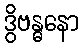
ဒွိဗန္ဓနော